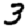
Digit: 3